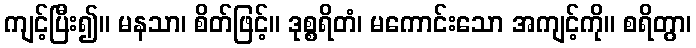
ကျင့်ပြီး၍။ မနသာ၊ စိတ်ဖြင့်။ ဒုစ္စရိတံ၊ မကောင်းသော အကျင့်ကို။ စရိတွာ၊